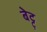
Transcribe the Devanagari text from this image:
बेट्टु